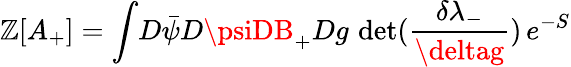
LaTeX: \mathbb{Z}[A_{+}]=\int\! D\bar{{\psi}}D\psiDB_{+}Dg\, \, \mathrm{{det}}(\frac{{\delta\lambda_{-}}}{{\deltag}})\, e^{-S}